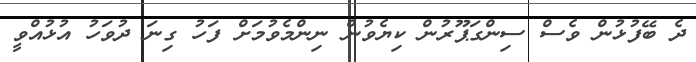
ދެ ބޭފުޅުން ވެސް ސިންގަޕޫރުން ކިޔެވުން ނިންމެވުމަށް ފަހު ގިނަ ދުވަހު އުޅުއްވީ